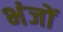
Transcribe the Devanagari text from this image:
भंजों